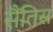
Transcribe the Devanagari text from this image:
सैंतिस